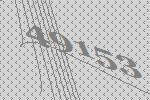
49153